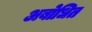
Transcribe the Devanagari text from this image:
अबोधित